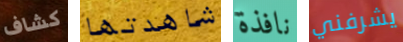
كشاف شاهدتها نافذة يشرفني